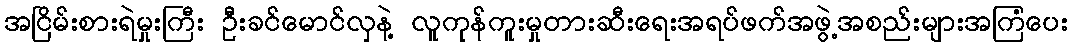
အငြိမ်းစားရဲမှုးကြီး ဦးခင်မောင်လှနဲ့ လူကုန်ကူးမှုတားဆီးရေးအရပ်ဖက်အဖွဲ့အစည်းများအကြံပေး